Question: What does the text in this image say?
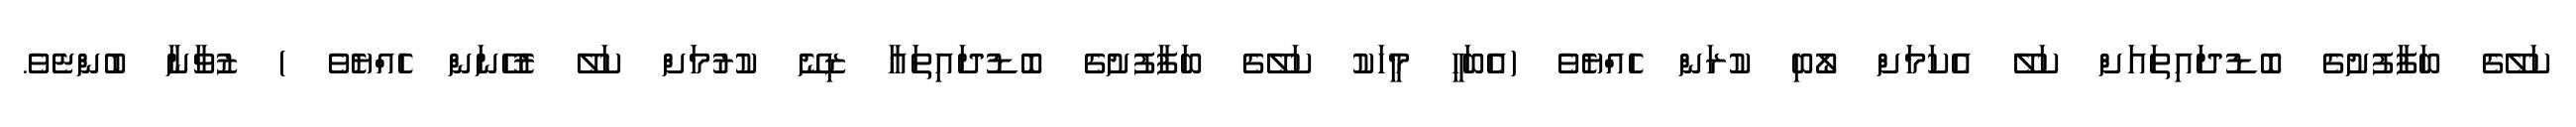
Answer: ކަލޭގެ ބަފާފުށުގެ ބޮޑުދައިތައަށް ކަލޭ އެކަމަށް ލޯބި ކުރަން ހެއްޔެވެ (އެބަހީ މީހަކު ކަލޭގެ ބަފާފުށުގެ ބޮޑުދައިތައާ ޒިނޭ ކުރުމަށް ކަލޭ ރުހޭނަން ހެއްޔެވެ ) ޒުވާނާ ބުންޏެވެ.